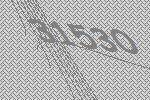
31530